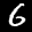
Label: 6